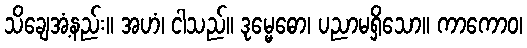
သိချေအံ့နည်း။ အဟံ၊ ငါသည်။ ဒုမ္မေဓော၊ ပညာမရှိသော။ ကာကောဝ၊